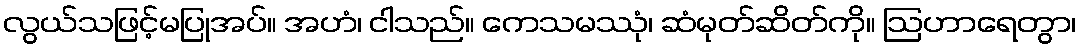
လွယ်သဖြင့်မပြုအပ်။ အဟံ၊ ငါသည်။ ကေသမဿုံ၊ ဆံမုတ်ဆိတ်ကို။ ဩဟာရေတွာ၊